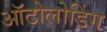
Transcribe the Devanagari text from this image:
ऑटोलोडिंग